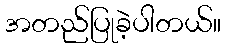
အတည်ပြုခဲ့ပါတယ်။